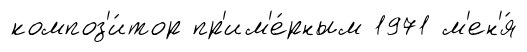
композ'и́тор пр'им'е́рным 1971 м'ен'я́